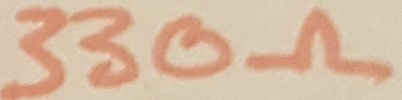
Text: 330Ω